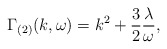
\begin{align*}\Gamma_{(2)}(k,\omega)=k^2+\frac{3}{2}\frac{\lambda}{\omega},\end{align*}